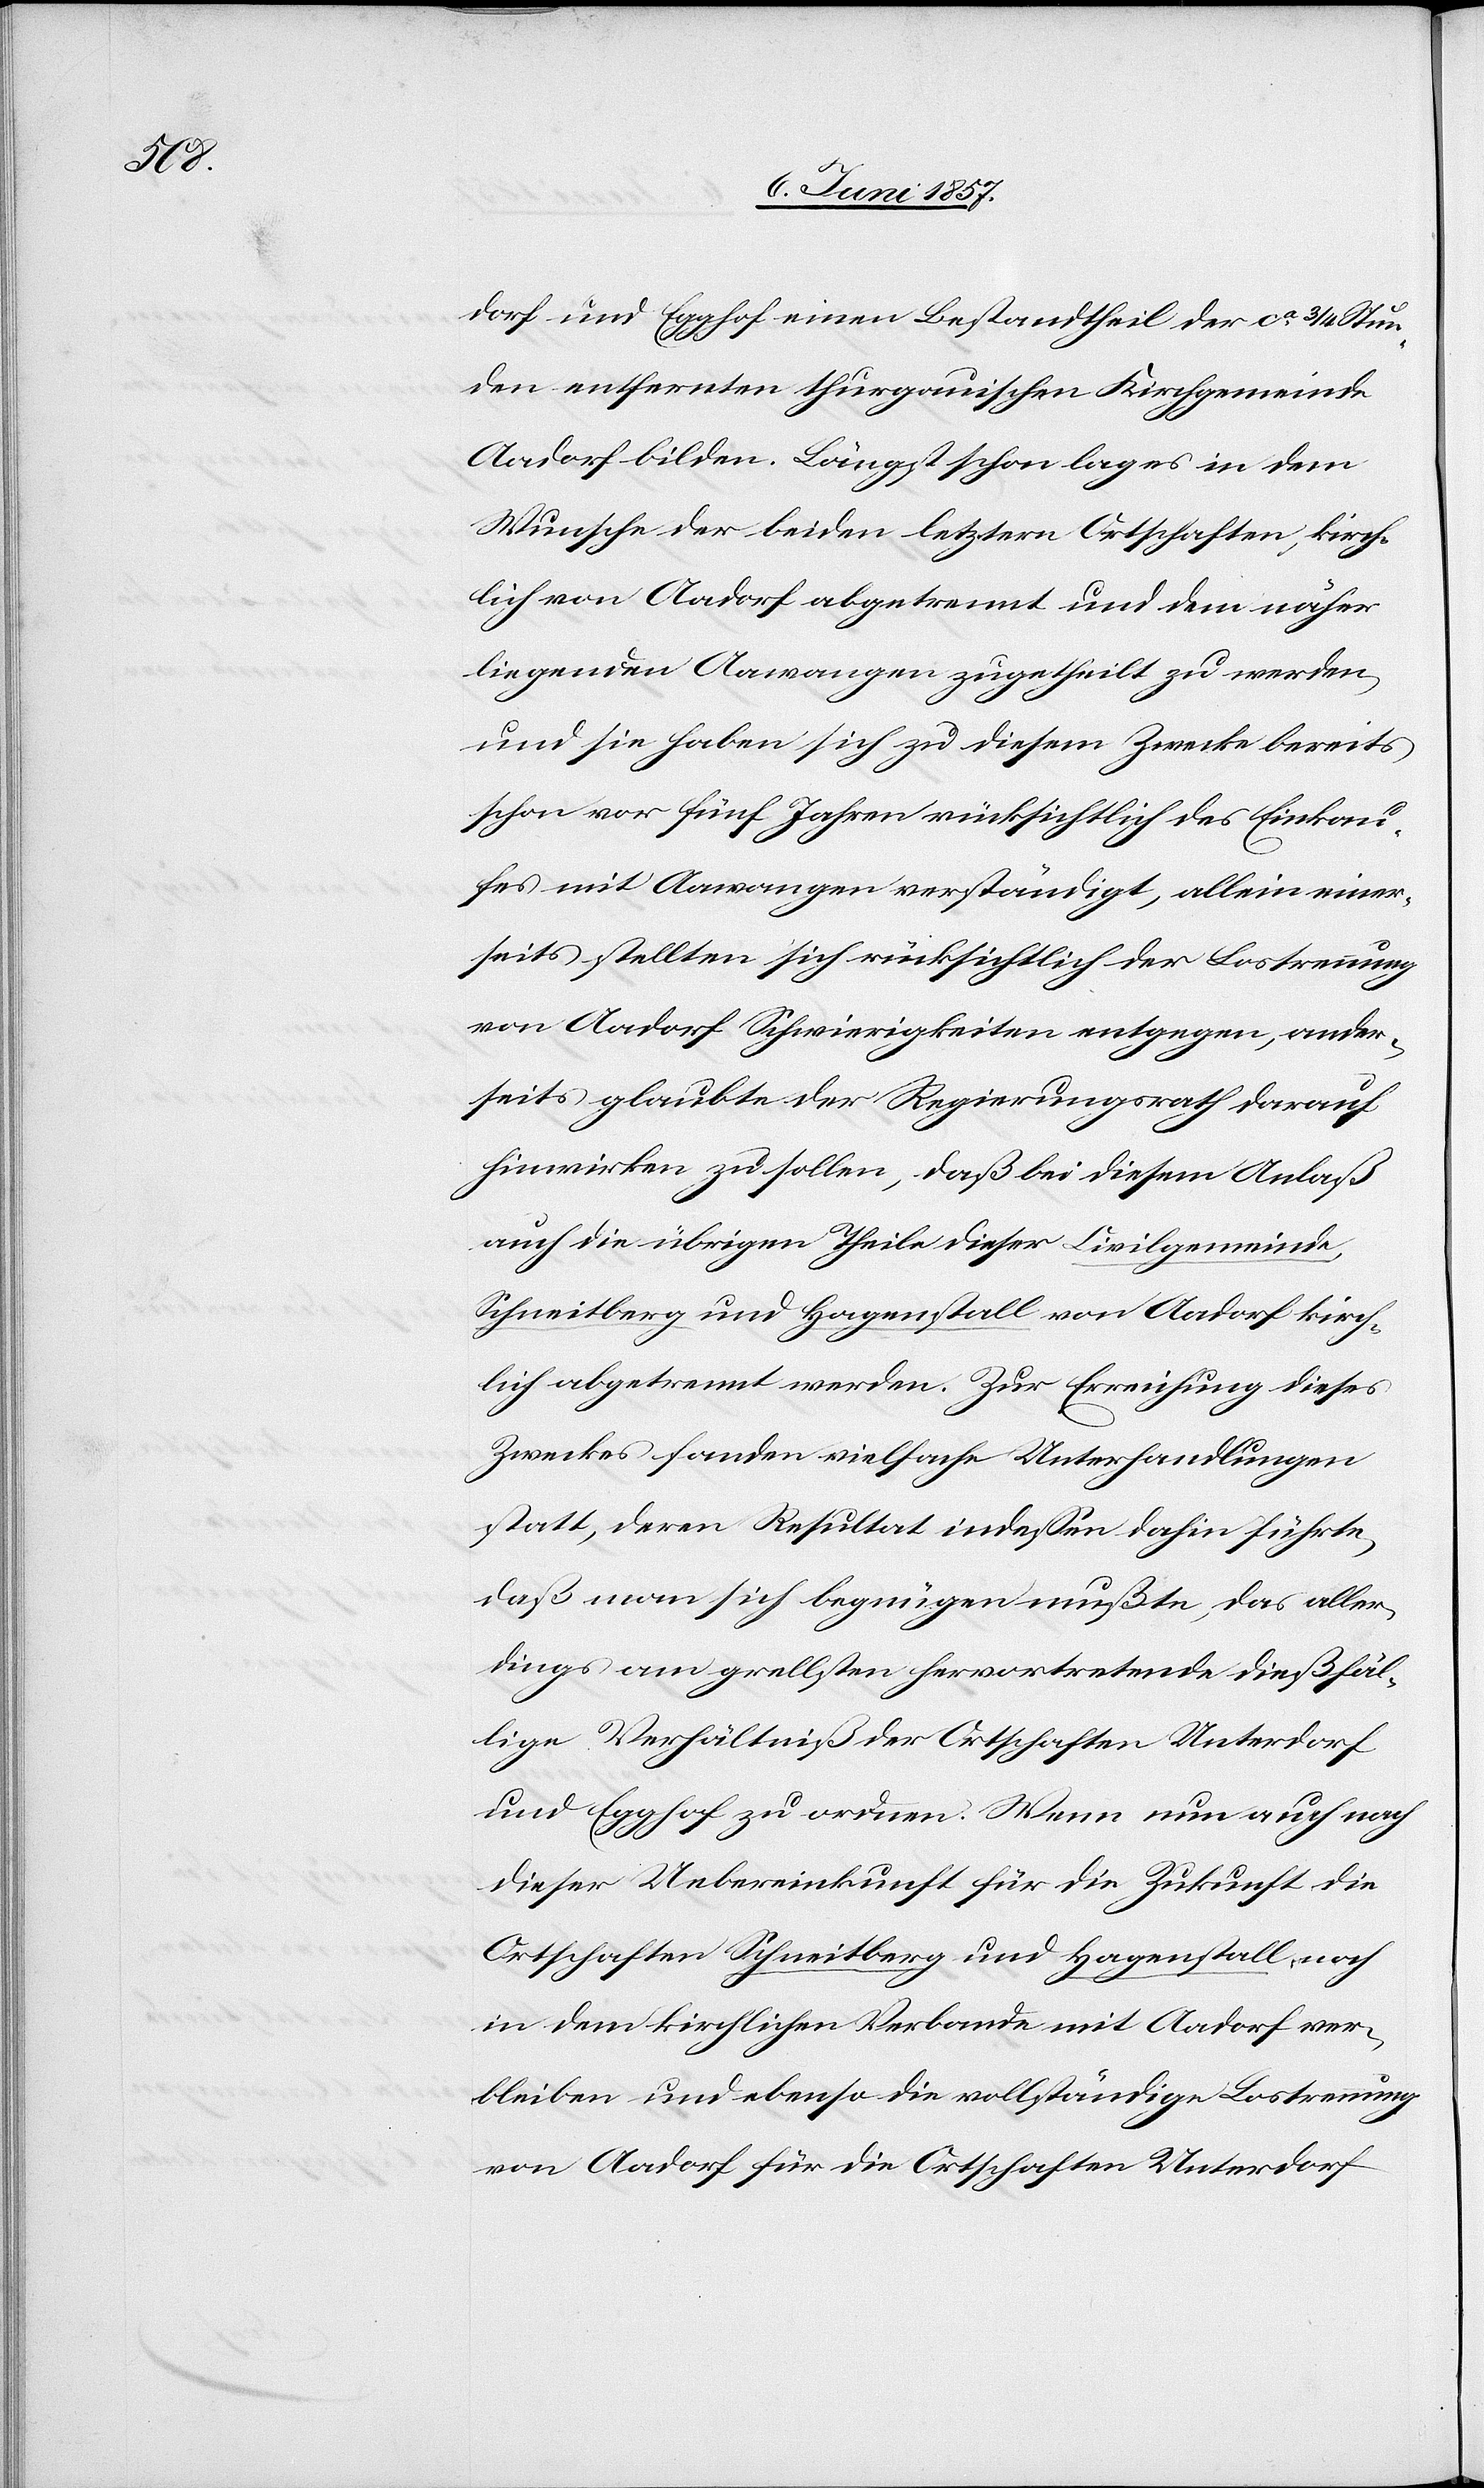
dorf und Egghof einen Bestandtheil der ca 3/4 Stun¬
den entfernten thurgauischen Kirchgemeinde
Aadorf bilden. Längst schon lag es in dem
Wunsche der beiden letztern Ortschaften, kirch¬
lich von Aadorf abgetrennt und dem näher
liegenden Aawangen zugetheilt zu werden
und sie haben sich zu diesem Zwecke bereits
schon vor fünf Jahren rücksichtlich des Einkau¬
fes mit Aawangen verständigt, allein einer¬
seits stellten sich rücksichtlich der Lostrennung
von Aadorf Schwierigkeiten entgegen, ander¬
seits glaubte der Regierungsrath darauf
hinwirken zu sollen, daß bei diesem Anlaß
auch die übrigen Theile dieser Civilgemeinde,
Schneitberg und Hagenstall von Aadorf kirch¬
lich abgetrennt werden. Zur Erreichung dieses
Zweckes fanden vielfache Unterhandlungen
statt, deren Resultat indessen dahin führte
daß man sich begnügen mußte, das aller¬
dings am grellsten hervortretende dießfäl¬
lige Verhältniß der Ortschaften Unterdorf
und Egghof zu ordnen. Wenn nun auch nach
dieser Uebereinkunft für die Zukunft die
Ortschaften Schneitberg und Hagenstall noch
in dem kirchlichen Verbande mit Aadorf ver¬
bleiben und ebenso die vollständige Lostrennung
von Aadorf für die Ortschaften Unterdorf